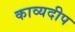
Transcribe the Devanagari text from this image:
काव्यदीप